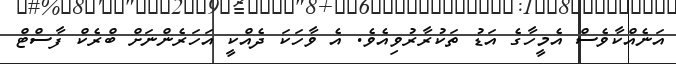
އަނެއްކާވެސް އެމީހާގެ އަޑު ތަކުރާރުވިއެވެ. އެ ވާހަކަ ދެއްކީ އަހަރެންނަށް ބްރެކް ފާސްޓް